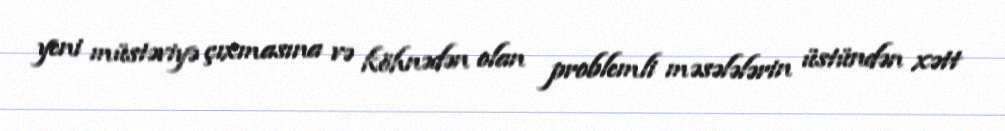
yeni müstəviyə çıxmasına və köhnədən olan problemli məsələlərin üstündən xətt